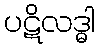
ပဋိလဒ္ဓါ